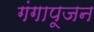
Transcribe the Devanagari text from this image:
गंगापूजन